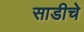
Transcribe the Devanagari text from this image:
साडीचे